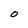
Character: O